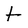
Character: t